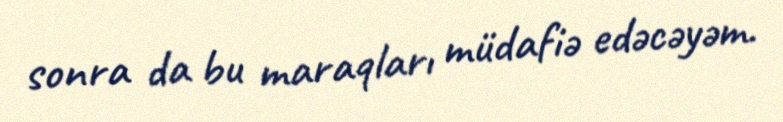
sonra da bu maraqları müdafiə edəcəyəm.